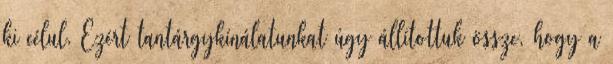
ki célul. Ezért tantárgykínálatunkat úgy állítottuk össze, hogy a